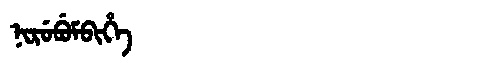
Manchu: ᠨᡳᡵᡠᠪᡠᠮᠪᡳᡥᡝ
Romanization: NIRUBUMBIHE